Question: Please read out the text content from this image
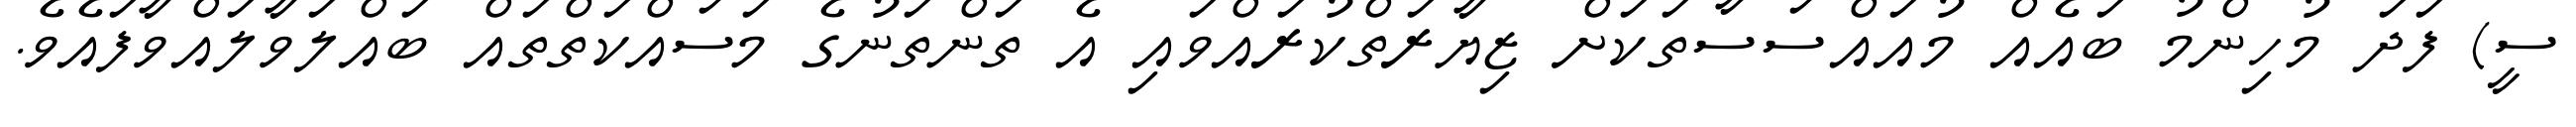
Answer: ސީ) ފަދަ މުހިންމު ބައެއް މުއައްސަސާތަކަށް ޒިޔާރަތްކުރައްވައި އެ ތަންތަނުގެ މަސައްކަތްތައް ބައްލަވާލައްވާފައެވެ.